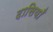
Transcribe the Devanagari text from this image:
दासियाँ